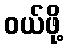
ဝယ်ဖို့